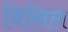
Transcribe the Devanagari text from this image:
विसिल